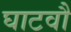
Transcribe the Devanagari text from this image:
घाटवौ